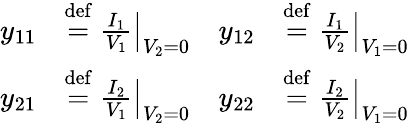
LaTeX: {\begin{array}{rlrl}{y_{11}}&{\mathrel{\stackrel{\mathrm{def}}{=}}\left.{\frac{I_{1}}{V_{1}}}\right|_{V_{2}=0}}&{y_{12}}&{\mathrel{\stackrel{\mathrm{def}}{=}}\left.{\frac{I_{1}}{V_{2}}}\right|_{V_{1}=0}}\\ {y_{21}}&{\mathrel{\stackrel{\mathrm{def}}{=}}\left.{\frac{I_{2}}{V_{1}}}\right|_{V_{2}=0}}&{y_{22}}&{\mathrel{\stackrel{\mathrm{def}}{=}}\left.{\frac{I_{2}}{V_{2}}}\right|_{V_{1}=0}}\end{array}}